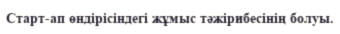
Старт-ап өндірісіндегі жұмыс тәжірибесінің болуы.